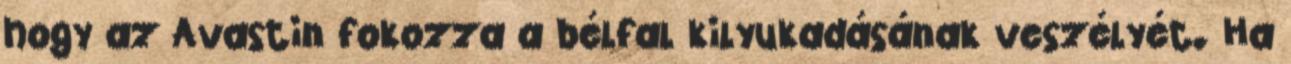
hogy az Avastin fokozza a bélfal kilyukadásának veszélyét. Ha